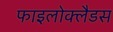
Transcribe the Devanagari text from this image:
फाइलोक्लैडस